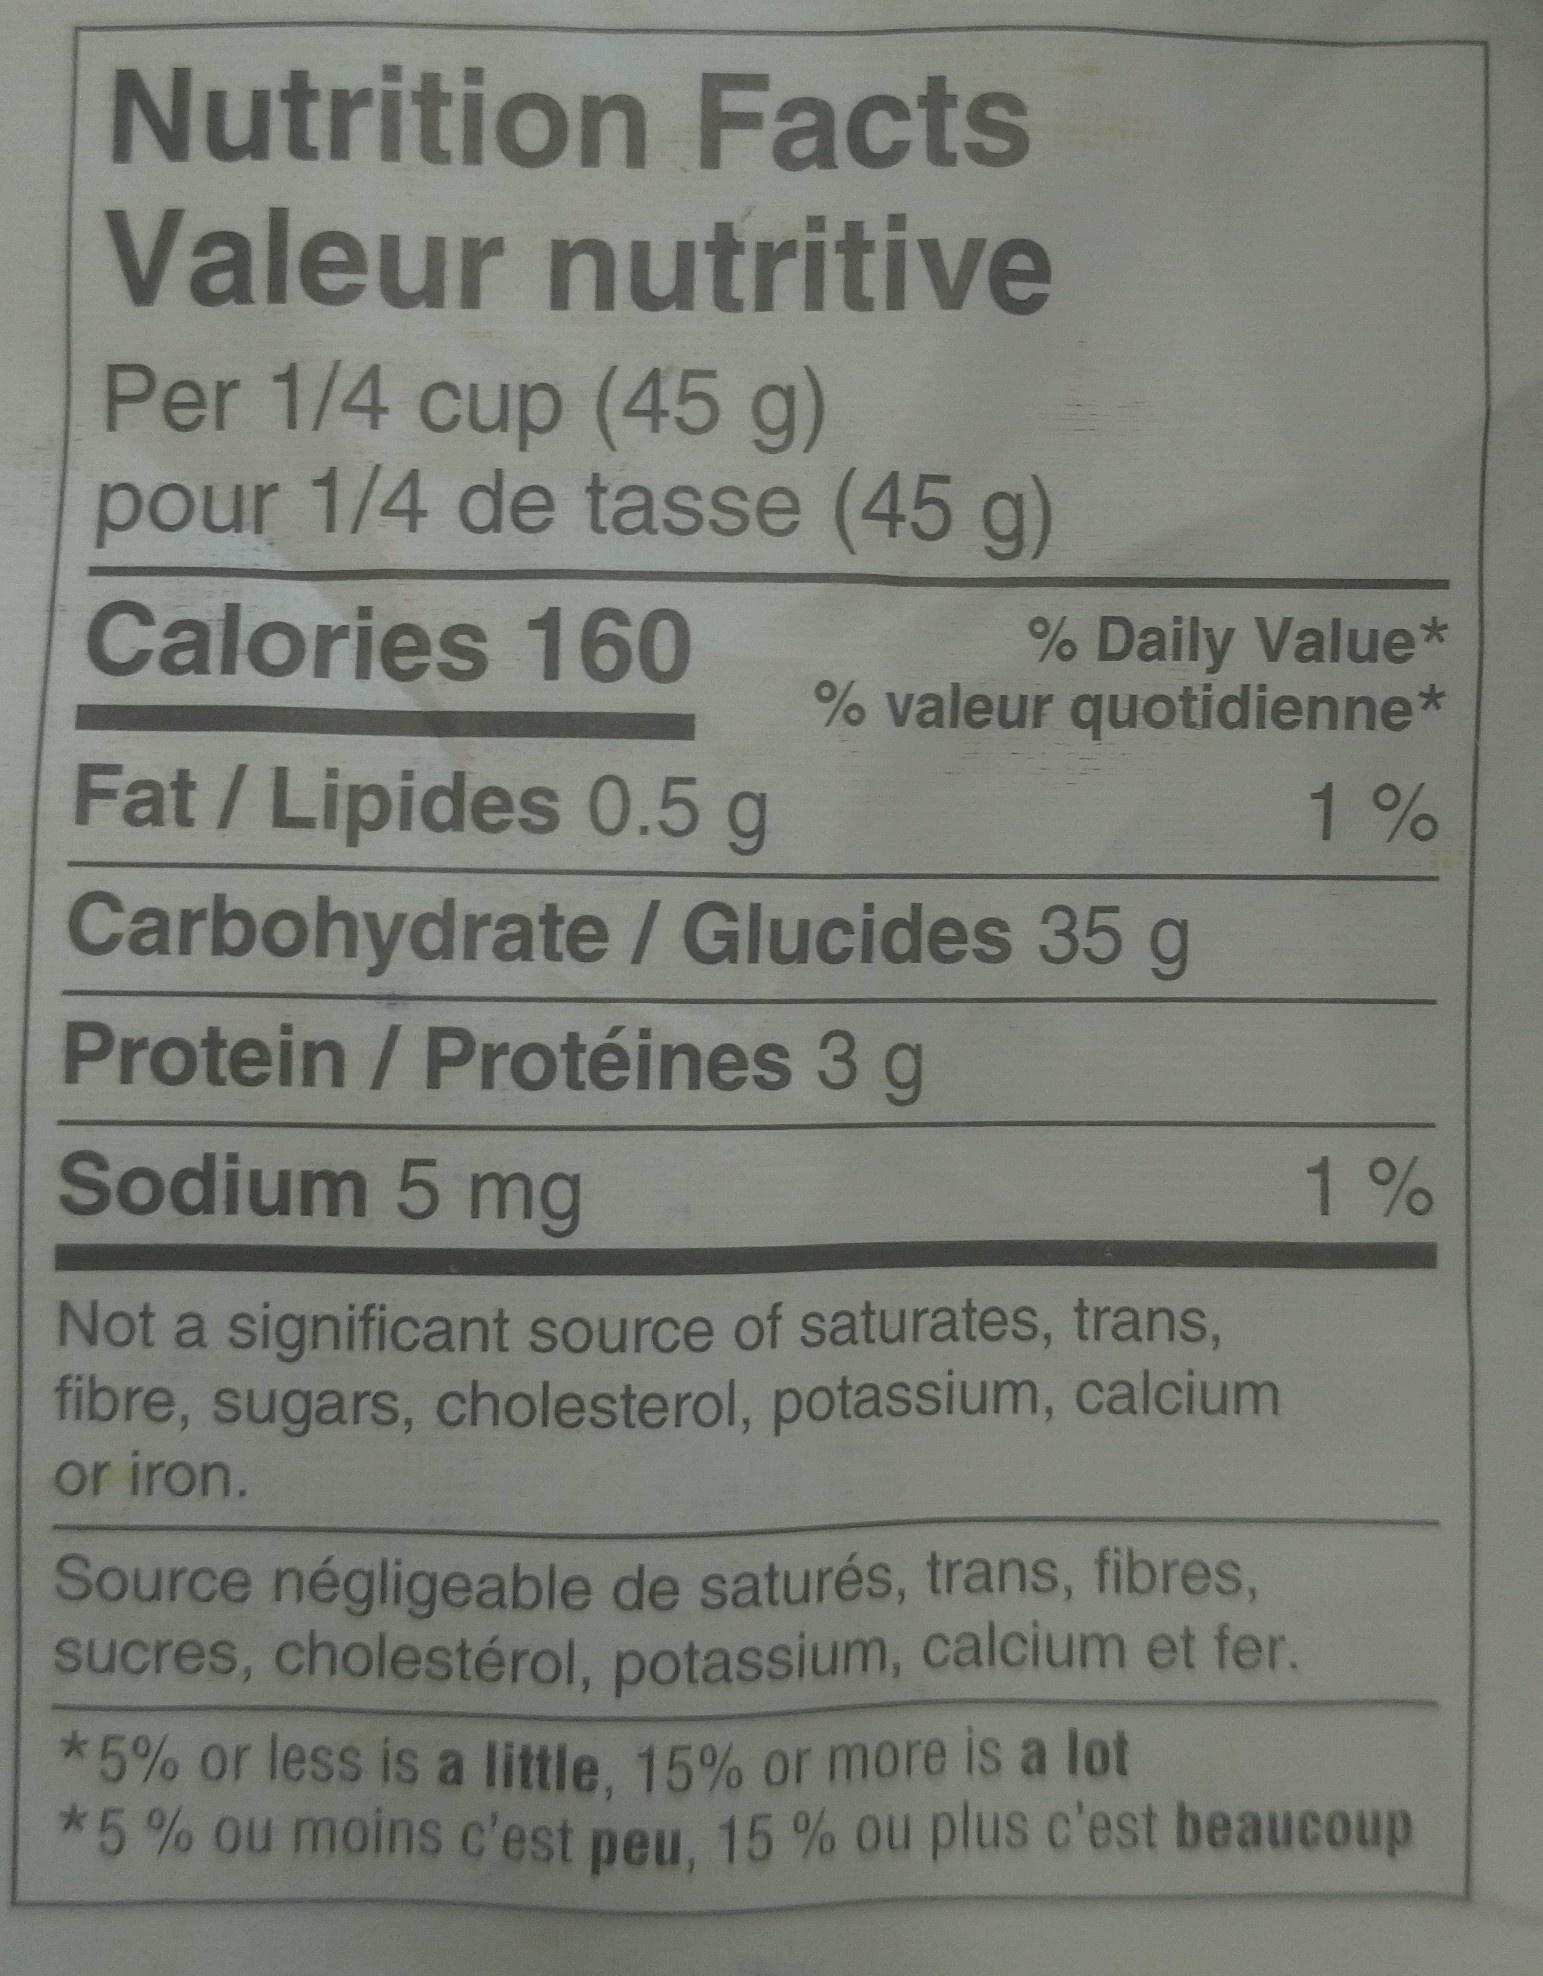
Nutrition Facts Valeur nutritive Per 1/4 cup (45 g) pour 1/4 de tasse (45 g)
Calories 160
% Daily Value* % valeur quotidienne*
1%
Fat / Lipides 0.5 g
Carbohydrate / Glucides 35 g
Protein / Protéines 3 g
Sodium 5 mg
Not a significant source of saturates, trans, fibre, sugars, cholesterol, potassium, calcium
or iron.
1%
Source négligeable de saturés, trans, fibres, sucres, cholestérol, potassium, calcium et fer.
*5% or less is a little, 15% or more is a lot *5% ou moins c'est peu, 15 % ou plus c'est beaucoup